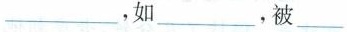
___，如___，被___